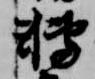
転